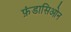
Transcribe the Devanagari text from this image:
फ़ंडासिओन